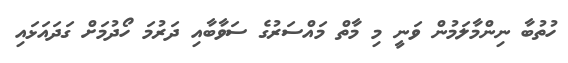
ހުތުބާ ނިންމާލަމުން ވަނީ މި މާތް މައްސަރުގެ ސަވާބާއި ދަރުމަ ހޯދުމަށް ގަދައަޅައި